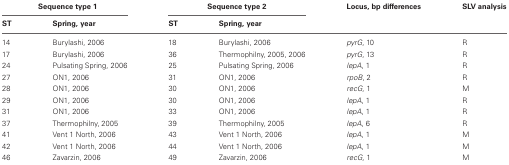
<table><thead><tr><td colspan="2"><b>Sequence type 1</b></td><td colspan="2"><b>Sequence type 2</b></td><td><b>Locus, bp differences</b></td><td><b>SLV analysis</b></td></tr><tr><td><b>ST</b></td><td><b>Spring, year</b></td><td><b>ST</b></td><td><b>Spring, year</b></td><td></td><td></td></tr></thead><tbody><tr><td>14</td><td>Burylashi, 2006</td><td>18</td><td>Burylashi, 2006</td><td><i>pyrG</i>, 10</td><td>R</td></tr><tr><td>17</td><td>Burylashi, 2006</td><td>36</td><td>Thermophilny, 2005, 2006</td><td><i>pyrG</i>, 13</td><td>R</td></tr><tr><td>24</td><td>Pulsating Spring, 2006</td><td>25</td><td>Pulsating Spring, 2006</td><td><i>lepA</i>, 1</td><td>R</td></tr><tr><td>27</td><td>ON1, 2006</td><td>31</td><td>ON1, 2006</td><td><i>rpoB</i>, 2</td><td>R</td></tr><tr><td>28</td><td>ON1, 2006</td><td>30</td><td>ON1, 2006</td><td><i>recG</i>, 1</td><td>M</td></tr><tr><td>29</td><td>ON1, 2006</td><td>30</td><td>ON1, 2006</td><td><i>lepA</i>, 1</td><td>R</td></tr><tr><td>31</td><td>ON1, 2006</td><td>33</td><td>ON1, 2006</td><td><i>lepA</i>, 1</td><td>R</td></tr><tr><td>37</td><td>Thermophilny, 2005</td><td>39</td><td>Thermophilny, 2005</td><td><i>lepA</i>, 6</td><td>R</td></tr><tr><td>41</td><td>Vent 1 North, 2006</td><td>43</td><td>Vent 1 North, 2006</td><td><i>lepA</i>, 1</td><td>M</td></tr><tr><td>42</td><td>Vent 1 North, 2006</td><td>44</td><td>Vent 1 North, 2006</td><td><i>lepA</i>, 1</td><td>M</td></tr><tr><td>46</td><td>Zavarzin, 2006</td><td>49</td><td>Zavarzin, 2006</td><td><i>recG</i>, 1</td><td>M</td></tr></tbody></table>